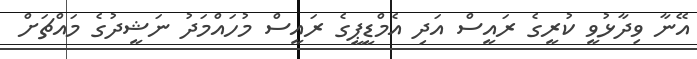
އޭނާ ވިދާޅުވީ ކުރީގެ ރައީސް އަދި އެމްޑީޕީގެ ރައީސް މުހައްމަދު ނަޝީދުގެ މައްޗަށް